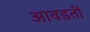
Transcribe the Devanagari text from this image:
आवडतीं